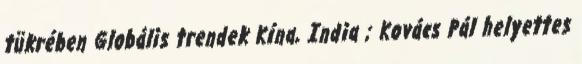
tükrében Globális trendek Kína, India ; Kovács Pál helyettes